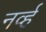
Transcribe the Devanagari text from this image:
नर्व्ह